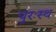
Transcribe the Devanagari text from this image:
पुरःस्थ